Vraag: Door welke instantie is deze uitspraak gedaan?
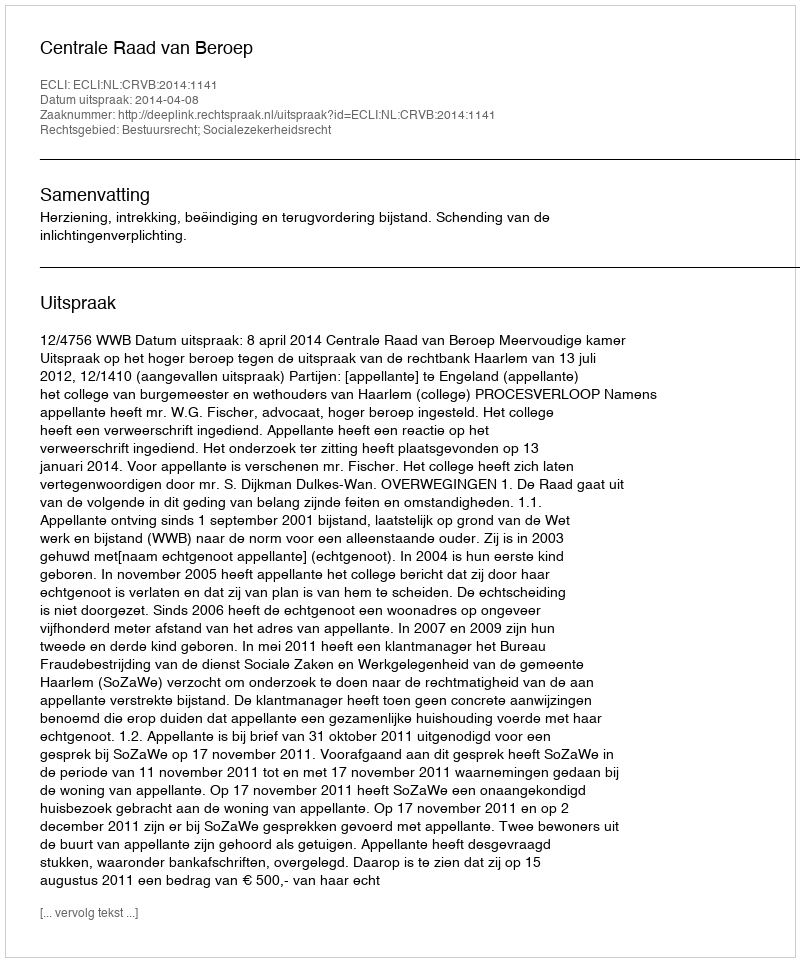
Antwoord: Centrale Raad van Beroep